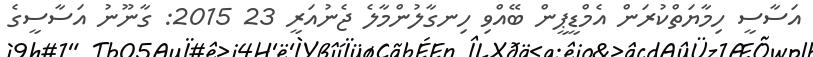
އަސާސީ ހިމާޔަތްކުރަން އެމްޑީޕީން ބޭއްވި ހިނގާލުންމާލެ ޖެނުއަރީ 23 2015: ގާނޫނު އަސާސީގެ